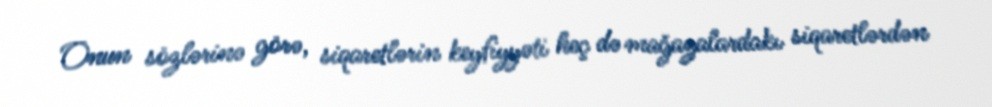
Onun sözlərinə görə, siqaretlərin keyfiyyəti heç də mağazalardakı siqaretlərdən